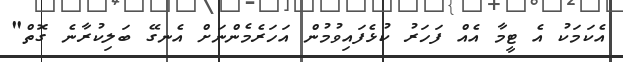
އެކަމަކު އެ ޓީމާ އެއް ފަހަރު ކުޅެފައިވުމުން އަހަރެމެންނަށް އެނގޭ ބަލިކުރާނެ ގޮތް"